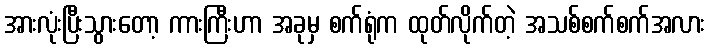
အားလုံးပြီးသွားတော့ ကားကြီးဟာ အခုမှ စက်ရုံက ထုတ်လိုက်တဲ့ အသစ်စက်စက်အလား